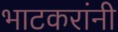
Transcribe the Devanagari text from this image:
भाटकरांनी